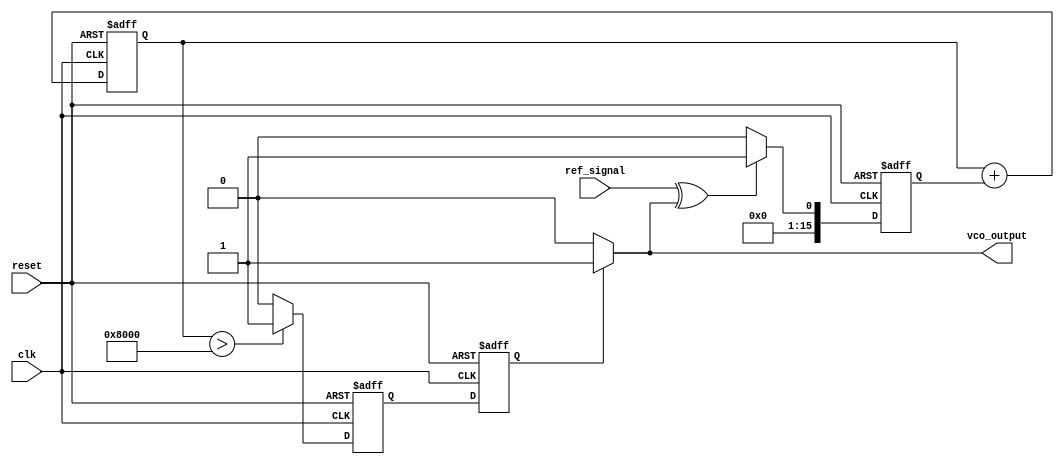
module sigma_delta_pll (
    input wire clk,               // System clock
    input wire reset,             // Reset signal
    input wire ref_signal,        // Reference signal input
    output wire vco_output        // VCO output frequency
);

    // Parameters
    parameter N = 8;              // Order of the sigma-delta modulator
    parameter LOOP_FILTER_SIZE = 16; // Loop filter size

    // Internal signals
    reg [LOOP_FILTER_SIZE-1:0] phase_error; // Phase error signal
    reg [LOOP_FILTER_SIZE-1:0] loop_filter_out; // Loop filter output
    reg [N-1:0] sigma_delta_out; // Sigma-delta modulator output
    reg vco_control;              // Control signal for VCO
    wire vco_output_internal;     // Internal VCO output

    // Phase Detector
    always @(posedge clk or posedge reset) begin
        if (reset) begin
            phase_error <= 0;
        end else begin
            // Simple phase comparison logic (XOR for example)
            phase_error <= (ref_signal ^ vco_output_internal) ? 1 : 0;
        end
    end

    // Loop Filter (Simple Integrator)
    always @(posedge clk or posedge reset) begin
        if (reset) begin
            loop_filter_out <= 0;
        end else begin
            loop_filter_out <= loop_filter_out + phase_error;
        end
    end

    // Sigma-Delta Modulator (1-bit output)
    always @(posedge clk or posedge reset) begin
        if (reset) begin
            sigma_delta_out <= 0;
        end else begin
            // Simple 1-bit quantizer
            if (loop_filter_out > (1 << (LOOP_FILTER_SIZE - 1))) begin
                sigma_delta_out <= 1;
            end else begin
                sigma_delta_out <= 0;
            end
        end
    end

    // Digital-to-Analog Converter (DAC)
    always @(posedge clk or posedge reset) begin
        if (reset) begin
            vco_control <= 0;
        end else begin
            // Simple DAC logic (for illustration)
            vco_control <= sigma_delta_out;
        end
    end

    // Voltage-Controlled Oscillator (VCO)
    // For simplicity, we assume a binary VCO output
    assign vco_output_internal = vco_control ? 1'b1 : 1'b0; // Simplified VCO output
    assign vco_output = vco_output_internal; // Output of the PLL

endmodule